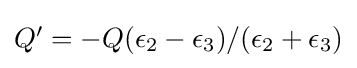
{\textstyle Q'=-Q(\epsilon _{2}-\epsilon _{3})/(\epsilon _{2}+\epsilon _{3})}